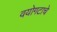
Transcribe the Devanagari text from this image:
वयोगटाचे